Leaving Certificate Examination (including Day School Certificate (Higher) General paper), 1933
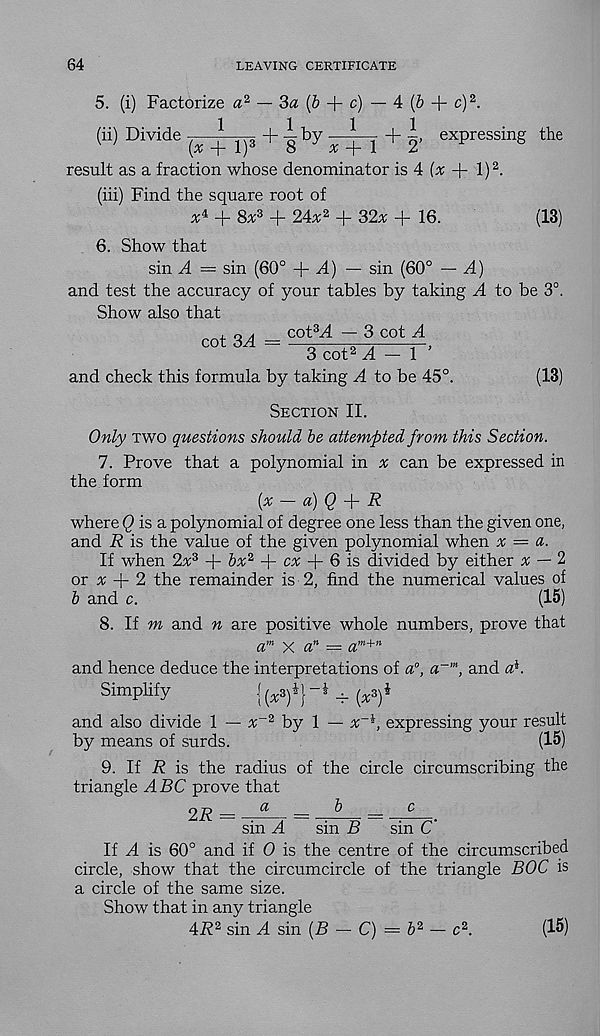
64
LEAVING CERTIFICATE
5. (i) Factorize a 2 — 3<z (& + c) — 4 (& + c) 2 .
(ii) Divide ^ ^ 1)3 +-^by
+ I, expressing the
result as a fraction whose denominator is 4
+ l) 2 .
(hi) Find the square root of
x 4 + 8* 3 + 24# 2 + 32# + 16.
(13)
6. Show that
sin A = sin (60°
A) — sin (60° — A)
and test the accuracy of your tables by taking A to be 3°.
Show also that
cot 3^4
cot 3 A — 3 cot A
3 cot 2 ^4 — 1 ’
and check this formula by taking A to be 45 c
(13)
Section II.
Only two questions should be attempted from this Section.
7. Prove that a polynomial in # can be expressed in
the form
(# — a) Q
R
where Q is a polynomial of degree one less than the given one,
and R is the value of the given polynomial when x — a.
If when 2# 3 + 6# 2 + c# + 6 is divided by either # — 2
or # + 2 the remainder is 2, find the numerical values of
b and c.
(15)
8. If m and n are positive whole numbers, prove that
a m x a n = a m+n
and hence deduce the interpretations of a 0 , a~m, and a i .
Simplify
{^3)4}-! ^ ^
and also divide 1 — # -2 by 1 — x~i, expressing your result
by means of surds.
(15)
9. If R is the radius of the circle circumscribing the
triangle ABC prove that
2^
^
b
^
sin A
sin B
sin C'
If A is 60° and if 0 is the centre of the circumscribed
circle, show that the circumcircle of the triangle BOC is
a circle of the same size.
Show that in any triangle
AR 3 sin A sin (B — C) = b 2 — c 2 .
(15)